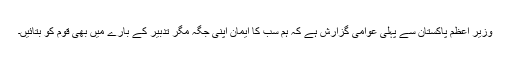
وزیر اعظم پاکستان سے پہلی عوامی گزارش ہے کہ ہم سب کا ایمان اپنی جگہ مگر تدبیر کے بارے میں بھی قوم کو بتائیں۔